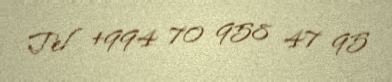
Tel +994 70 958 47 95